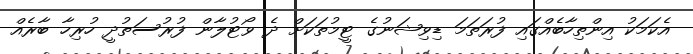
އެކަމަކު އިންތިހާބެއްގައި ފުރަތަމަ ޑިވިޝަނުގެ ޓީމުތަކަށް ދެ ވޯޓުލާން ފުރުސަތުދީ ހުރިހާ ބާރެއް